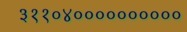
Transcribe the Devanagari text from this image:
३११०४००००००००००